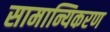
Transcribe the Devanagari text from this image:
सामान्यिकरण